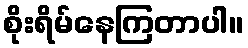
စိုးရိမ်နေကြတာပါ။